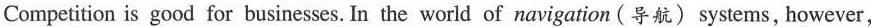
Competition is good for businesses. In the world of navigation (导航)systems, however,